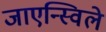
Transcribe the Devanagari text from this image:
जाएन्स्विले